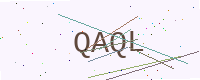
Text: QAQL